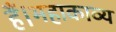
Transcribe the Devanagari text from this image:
हैं।महाकाव्य